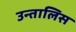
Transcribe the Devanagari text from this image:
उन्तालिस